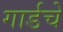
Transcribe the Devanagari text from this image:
गार्डचे